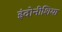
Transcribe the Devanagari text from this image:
इंदोनीशिया